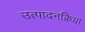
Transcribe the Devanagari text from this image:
उत्पादनक्रिया